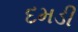
દમડી